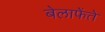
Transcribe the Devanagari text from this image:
बेलाफेंते